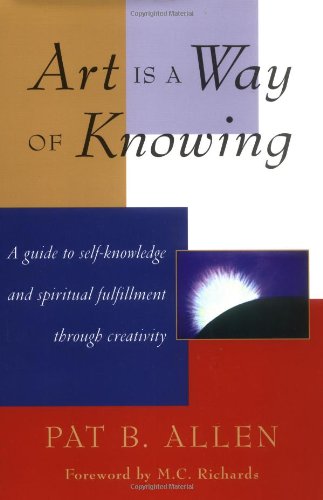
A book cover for Art Is a Way of Knowing; Pat Allen; Health, Fitness & Dieting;